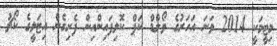
މިޓީމަކީ 2014 ވަނަ އަހަރުގެ ވޯލްޑް ކަޕް ކޮލިފައިންއިން ފެށިގެން އިޓަލީގެ ކޯޗު